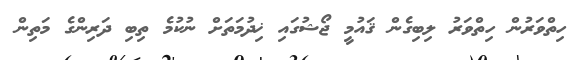
ހިތްވަރުން ހިތްވަރު ލިބިގެން ޤައުމީ ޖޯޝުގައި ޚިދުމަތަށް ނުކުމެ ތިބި ދަރިންގެ މަތިން